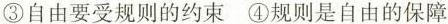
③自由要受规则的约束 ④规则是自由的保障